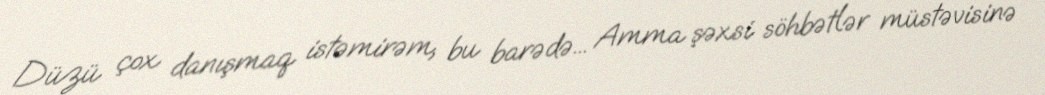
Düzü çox danışmaq istəmirəm, bu barədə... Amma şəxsi söhbətlər müstəvisinə